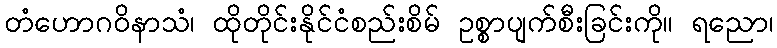
တံဟောဂဝိနာသံ၊ ထိုတိုင်းနိုင်ငံစည်းစိမ် ဥစ္စာပျက်စီးခြင်းကို။ ရညော၊